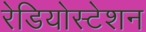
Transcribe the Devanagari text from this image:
रेडियोस्टेशन